Annual statistical returns and brief notes on vaccination in Bengal - 1887-1898
Year: 1887
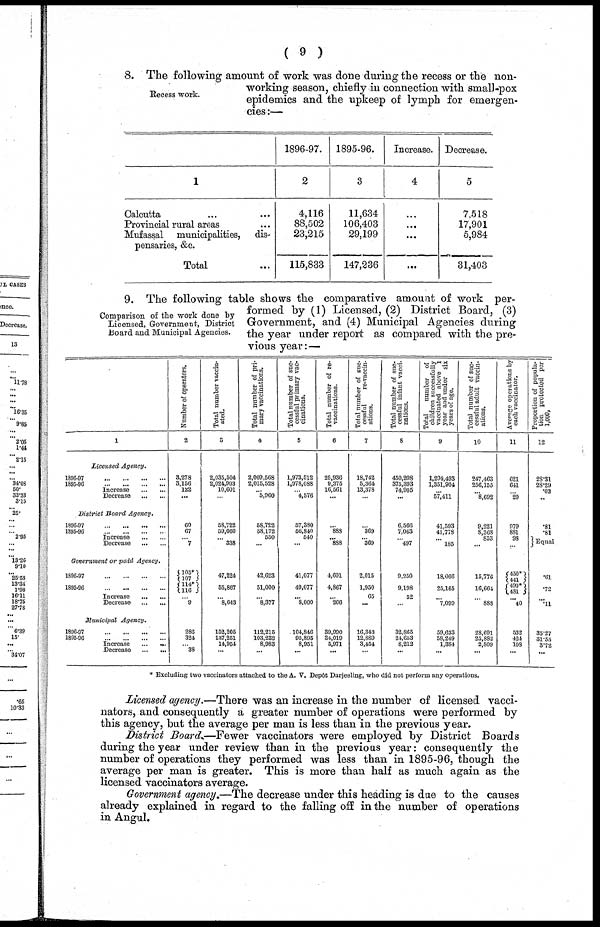
( 9 )
Recess work.
8. The following amount of work was done during the recess or the non¬
working season, chiefly in connection with small-pox
epidemics and the upkeep of lymph for emergen-
cies:—
1
Calcutta
...
...
Provincial rural areas ...
Mufassal municipalities, dis-
pensaries, &c.
Total ...
1896-97.
2
4,116
88,502
23,215
115,833
1895-96.
3
11,634
106,403
29,199
147,236
Increase.
4
...
...
...
...
Decrease.
5
7,518
17,901
5,984
31,403
Comparison of the work done by
Licensed, Government, District
Board and Municipal Agencies.
9. The following table shows the comparative amount of work per-
formed by (1) Licensed, (2) District Board, (3)
Government, and (4) Municipal Agencies during
the year under report as compared with the pre-
vious year:—
1
Licensed Agency.
1898-97...
...
...
...
1895-96
...
...
...
...
Increase
...
...
Decrease ... ...
District Board Agency.
1806-97
...
...
...
...
1895-96
...
...
...
...
Increase
...
...
Decrease
...
...
Government or paid Agency.
1896-97
...
...
...
...
1895-96
...
...
...
...
Increase
...
...
Decrease
...
...
Municipal
Agency.
1896-97
...
...
...
...
1895-96
...
...
...
...
Increase
...
...
Decrease
...
...
Number of operators.
2
3,278
3,156
122
...
60
67
... 7
103* 107
114*
116
... 9
286
324
... 38
Total number vaccin-
ated.
3
2,035,504
2,024,903
10,601
...
58,722
59,060
... 338
47,224
55,867
...
8,643
152,205
137,251
14,954
...
Total number of pri-
mary vaccinations.
4
2,009,568
2,015,528
... 5,060
58,722
58,172
550
...
42,623
51,000
... 8,377
112,215
103,232
8,983
...
Total number of suc-
cessful primary vac-
cinations.
5
1,973,512
1,078,088
... 4,576
...
57,380
56,840
540
...
41,077
49,077
...
8,000
104,846
95,895
8,951
...
Total number of re-
vaccinations.
6
25,936
9,375
16,561
...
...
888
... 888
4,601
4,867
...
266
39,990
34,019
5,971
...
Total number of suc-
cessful
re-vaccin-
ations.
7
18,742
5,364
13,378
...
...
369
... 369
2,015
1,950
65
...
16,343
12,889
3,454
...
Total number of suc-
cessful infant vacci-
nations.
8
450,298
375,393
74,905
...
6,566
7,063
... 497
9,250
9,198
52
...
32,865
21,653
8,212
...
Total
number of
children successfully
vaccinated above 1
year and under six
years of age.
9
1,294,493
1,351,904
... 57,411
41,593
41,778
... 185
18,066
25,165
... 7,099
59,633
58,249
1,384
...
Total number of suc-
cessful adult vaccin-
ations.
10
247,463
256,155
... 8,692
9,221
8,368
853
...
15,776
16,664
...
888
28,691
25,882
2,809
...
Average
operations by
each vaccinator.
11
621
641
... 20
979
881
98
...
450*
441
490*
481
40
532
424
108
...
Proportion of popula-
tion protected per
1,000,
12
28.31
28.29
.03
...
.81
.81
Equal
.81
.72
... .11
35.27
31.55
3.72
...
* Excluding two vaccinators attached to the A. V. Depôt Darjeeling, who did not perform any operations.
Licensed agency.—There was an increase in the number of licensed vacci-
nators, and consequently a greater number of operations were performed by
this agency, but the average per man is less than in the previous year.
District Board.—Fewer vaccinators were employed by District Boards
during the year under review than in the previous year: consequently the
number of operations they performed was less than in 1895-96, though the
average per man is greater. This is more than half as much again as the
licensed vaccinators average.
Government agency.—The decrease under this heading is due to the causes
already explained in regard to the falling off in the number of operations
in Angul.